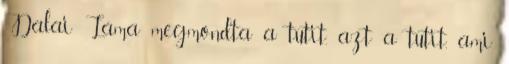
Dalai Láma megmondta a tutit, azt a tutit, ami